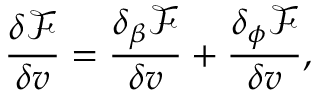
\frac { \delta \mathcal { F } } { \delta v } = \frac { \delta _ { \beta } \mathcal { F } } { \delta v } + \frac { \delta _ { \phi } \mathcal { F } } { \delta v } ,